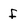
Character: f